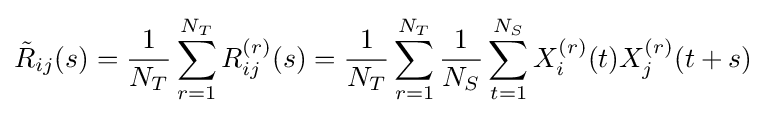
{\tilde {R}}_{ij}(s)={\frac {1}{N_{T}}}\sum _{r=1}^{N_{T}}R_{ij}^{(r)}(s)={\frac {1}{N_{T}}}\sum _{r=1}^{N_{T}}{\frac {1}{N_{S}}}\sum _{t=1}^{N_{S}}X_{i}^{(r)}(t)X_{j}^{(r)}(t+s)